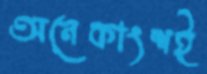
অনেকাংশই